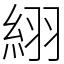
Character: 䋚